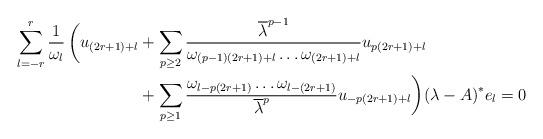
LaTeX: \begin{align*} \sum_{l=-r}^{r} \dfrac{1}{\omega _{l}}\, \biggl(u_{(2r+1)+l}&+\sum_{p\ge 2}\dfrac{\overline{\lambda }^{p-1}}{\omega _{(p-1)(2r+1)+l}\dots\omega _{(2r+1)+l}}u_{p(2r+1)+l}\\&+\sum_{p\ge 1}\dfrac{\omega _{l-p(2r+1)}\dots\omega _{l-(2r+1)}}{\overline{\lambda }^{p}}u_{-p(2r+1)+l}\biggr){(\lambda -A)}^{*}{e_{l}}=0\end{align*}